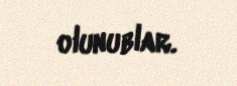
olunublar.